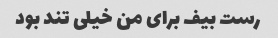
رست بیف برای من خیلی تند بود